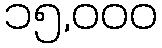
၁၅,၀၀၀